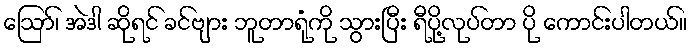
ဪ၊ အဲဒါ ဆိုရင် ခင်ဗျား ဘူတာရုံကို သွားပြီး ရီပို့လုပ်တာ ပို ကောင်းပါတယ်။